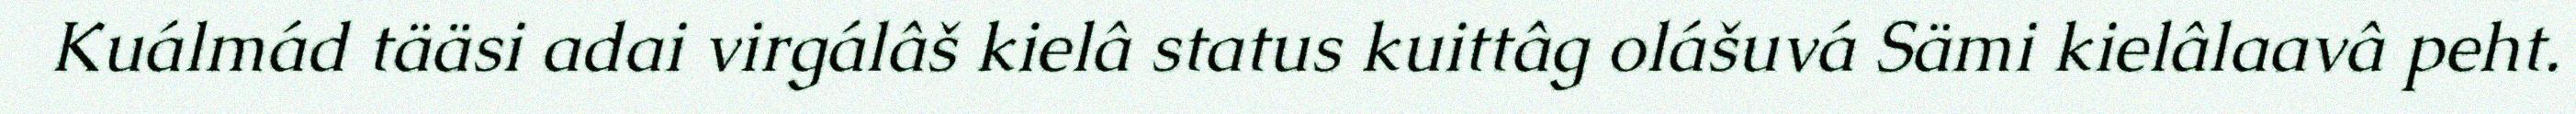
Kuálmád tääsi adai virgálâš kielâ status kuittâg olášuvá Sämi kielâlaavâ peht.